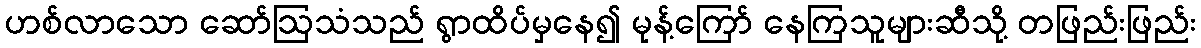
ဟစ်လာသော ဆော်ဩသံသည် ရွာထိပ်မှနေ၍ မုန့်ကြော် နေကြသူများဆီသို့ တဖြည်းဖြည်း